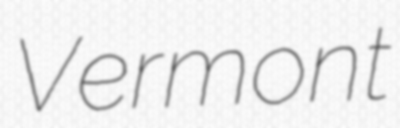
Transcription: Vermont